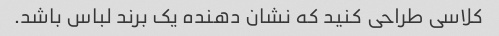
کلاسی طراحی کنید که نشان دهنده یک برند لباس باشد.